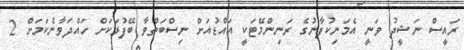
ރައީސް ނަޝީދު ވަނީ އެމަނިކުފާނުގެ ރަނިންމޭޓަކީ އައްޑުއަށް ނިސްބަތްވާ ބޭފުޅަކަށް ހައްދަވާނެކަމަށް 2